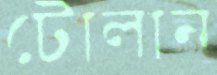
টোলান